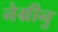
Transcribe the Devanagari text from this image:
नेग्रीनु